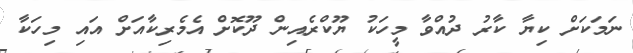
ނަމަކަށް ކިޔާ ކާރު ދުއްވާ މީހަކު ޔޫކްރެއިން ދޫކޮށް އެމެރިކާއަށް އައި މިހަކާ